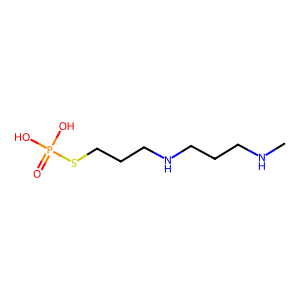
SMILES: CNCCCNCCCSP(=O)(O)O
Inhibits HIV replication: No